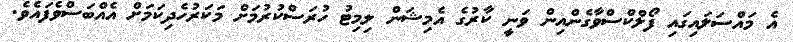
އެ މައްސަލައިގައި ފޯލްކްސްވާގެންއިން ވަނީ ކާރުގެ އެމިޝަން ލިމިޓު ހުރަސްކުރުމަށް މަކަރުހެދިކަމަށް އެއްބަސްވެފައެވެ.